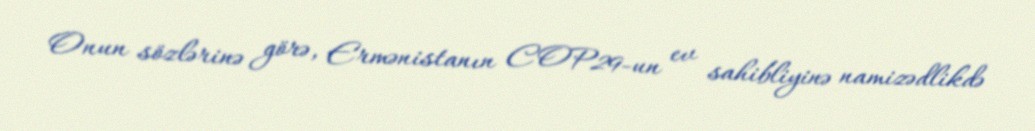
Onun sözlərinə görə, Ermənistanın COP29-un ev sahibliyinə namizədlikdə